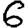
Digit: 6